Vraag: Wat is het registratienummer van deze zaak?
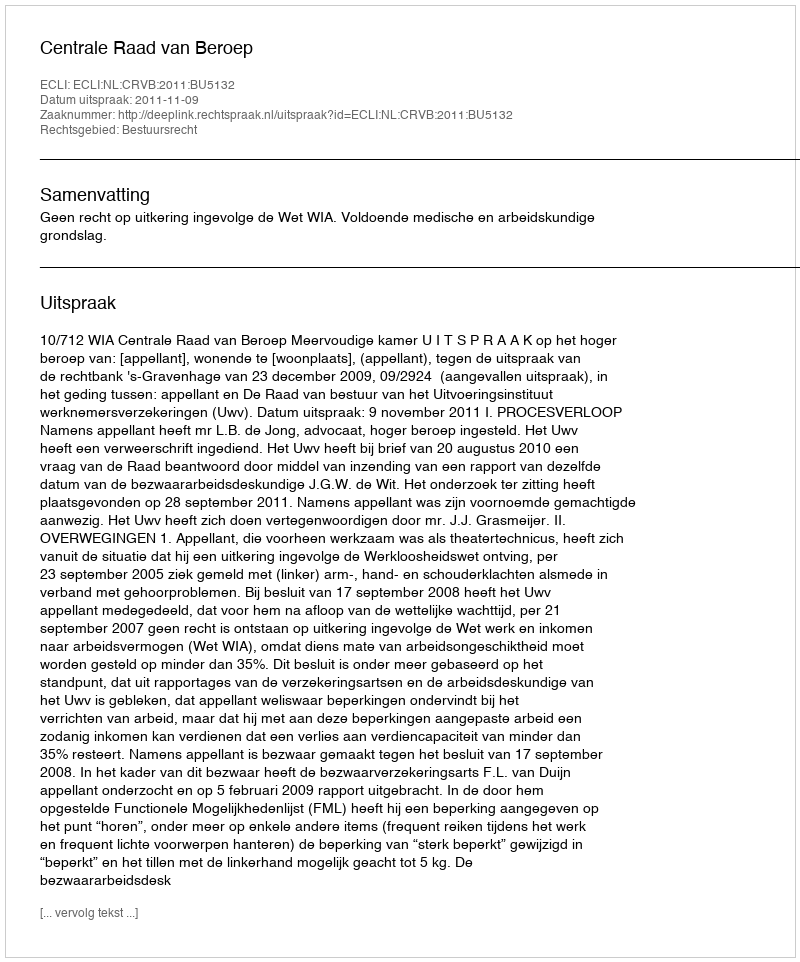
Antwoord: http://deeplink.rechtspraak.nl/uitspraak?id=ECLI:NL:CRVB:2011:BU5132